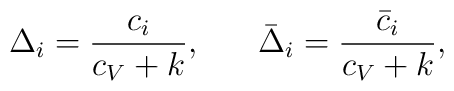
\Delta_i={c_i\over c_V+k},\;\;\;\;\;\;\bar\Delta_i={\bar c_i\over c_V+k},